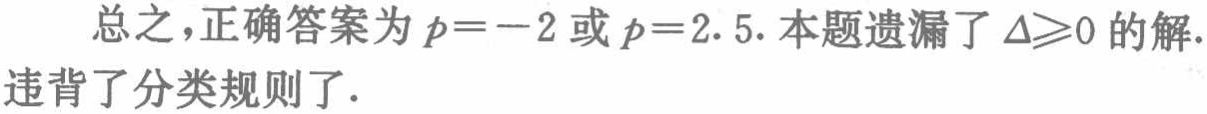
总之，正确答案为 \(p = - 2\) 或 \(p = 2.5\). 本题遗漏了 \(\Delta\geqslant0\) 的解. 违背了分类规则了.